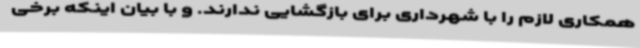
همکاری لازم را با شهرداری برای بازگشایی ندارند. و با بیان اینکه برخی